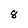
Character: 8